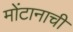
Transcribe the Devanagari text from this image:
मोंटानाची